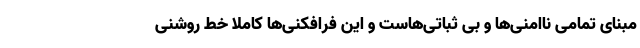
مبنای تمامی ناامنی‌ها و بی ثباتی‌هاست و این فرافکنی‌ها کاملا خط روشنی